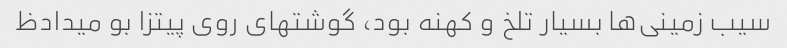
سیب زمینی‌ها بسیار تلخ و کهنه بود، گوشتهای روی پیتزا بو میدادظ